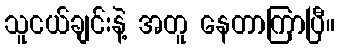
သူငယ်ချင်းနဲ့ အတူ နေတာကြာပြီ။